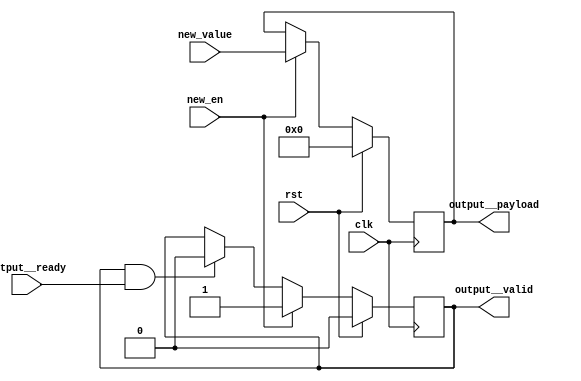
module reg_01(clk, output__valid, output__payload, output__ready, new_en, new_value, rst);
  reg \initial  = 0;
  (* src = "/media/tim/GIT/tcal-x/CFU-Playground/proj/hps_accel/gateware/stream/stream.py:98" *)
  wire \$1 ;
  (* src = "/media/tim/GIT/tcal-x/CFU-Playground/third_party/python/nmigen/nmigen/hdl/ir.py:524" *)
  input clk;
  (* src = "/media/tim/GIT/tcal-x/CFU-Playground/proj/hps_accel/gateware/gen1/set.py:49" *)
  input new_en;
  (* src = "/media/tim/GIT/tcal-x/CFU-Playground/proj/hps_accel/gateware/gen1/set.py:50" *)
  input [31:0] new_value;
  (* src = "/media/tim/GIT/tcal-x/CFU-Playground/proj/hps_accel/gateware/gen1/set.py:47" *)
  output [31:0] output__payload;
  reg [31:0] output__payload = 32'd0;
  (* src = "/media/tim/GIT/tcal-x/CFU-Playground/proj/hps_accel/gateware/gen1/set.py:47" *)
  reg [31:0] \output__payload$next ;
  (* src = "/media/tim/GIT/tcal-x/CFU-Playground/proj/hps_accel/gateware/gen1/set.py:47" *)
  input output__ready;
  (* src = "/media/tim/GIT/tcal-x/CFU-Playground/proj/hps_accel/gateware/gen1/set.py:47" *)
  output output__valid;
  reg output__valid = 1'h0;
  (* src = "/media/tim/GIT/tcal-x/CFU-Playground/proj/hps_accel/gateware/gen1/set.py:47" *)
  reg \output__valid$next ;
  (* src = "/media/tim/GIT/tcal-x/CFU-Playground/third_party/python/nmigen/nmigen/hdl/ir.py:524" *)
  input rst;
  assign \$1  = output__valid & (* src = "/media/tim/GIT/tcal-x/CFU-Playground/proj/hps_accel/gateware/stream/stream.py:98" *) output__ready;
  always @(posedge clk)
    output__payload <= \output__payload$next ;
  always @(posedge clk)
    output__valid <= \output__valid$next ;
  always @* begin
    if (\initial ) begin end
    \output__valid$next  = output__valid;
    (* src = "/media/tim/GIT/tcal-x/CFU-Playground/proj/hps_accel/gateware/gen1/set.py:53" *)
    casez (\$1 )
      /* src = "/media/tim/GIT/tcal-x/CFU-Playground/proj/hps_accel/gateware/gen1/set.py:53" */
      1'h1:
          \output__valid$next  = 1'h0;
    endcase
    (* src = "/media/tim/GIT/tcal-x/CFU-Playground/proj/hps_accel/gateware/gen1/set.py:56" *)
    casez (new_en)
      /* src = "/media/tim/GIT/tcal-x/CFU-Playground/proj/hps_accel/gateware/gen1/set.py:56" */
      1'h1:
          \output__valid$next  = 1'h1;
    endcase
    (* src = "/media/tim/GIT/tcal-x/CFU-Playground/third_party/python/nmigen/nmigen/hdl/xfrm.py:519" *)
    casez (rst)
      1'h1:
          \output__valid$next  = 1'h0;
    endcase
  end
  always @* begin
    if (\initial ) begin end
    \output__payload$next  = output__payload;
    (* src = "/media/tim/GIT/tcal-x/CFU-Playground/proj/hps_accel/gateware/gen1/set.py:56" *)
    casez (new_en)
      /* src = "/media/tim/GIT/tcal-x/CFU-Playground/proj/hps_accel/gateware/gen1/set.py:56" */
      1'h1:
          \output__payload$next  = new_value;
    endcase
    (* src = "/media/tim/GIT/tcal-x/CFU-Playground/third_party/python/nmigen/nmigen/hdl/xfrm.py:519" *)
    casez (rst)
      1'h1:
          \output__payload$next  = 32'd0;
    endcase
  end
endmodule